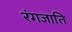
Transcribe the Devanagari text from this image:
रंगजाति